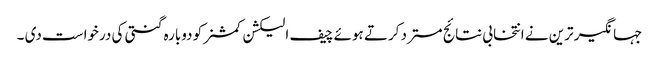
جہانگیر ترین نے انتخابی نتائج مسترد کرتے ہوئے چیف الیکشن کمشنر کو دوبارہ گنتی کی درخواست دی ۔